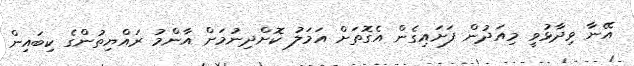
އޭނާ ވިދާޅުވީ މިއަދުން ފަށައިގެން އެގޮތަށް އަމަލު ކޮށްދިނުމަށް އާންމު ރައްޔިތުންގެ ކިބައިން